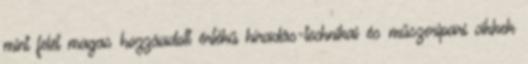
mint felét magas hozzáadott értékű híradás-technikai és műszeripari cikkek